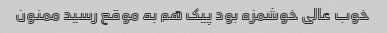
خوب عالی خوشمزه بود پیک هم به موقع رسید ممنون